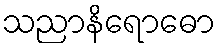
သညာနိရောဓော